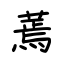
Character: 蔫